Indian journal of veterinary science and animal husbandry - Volume 8,
Year: 1938
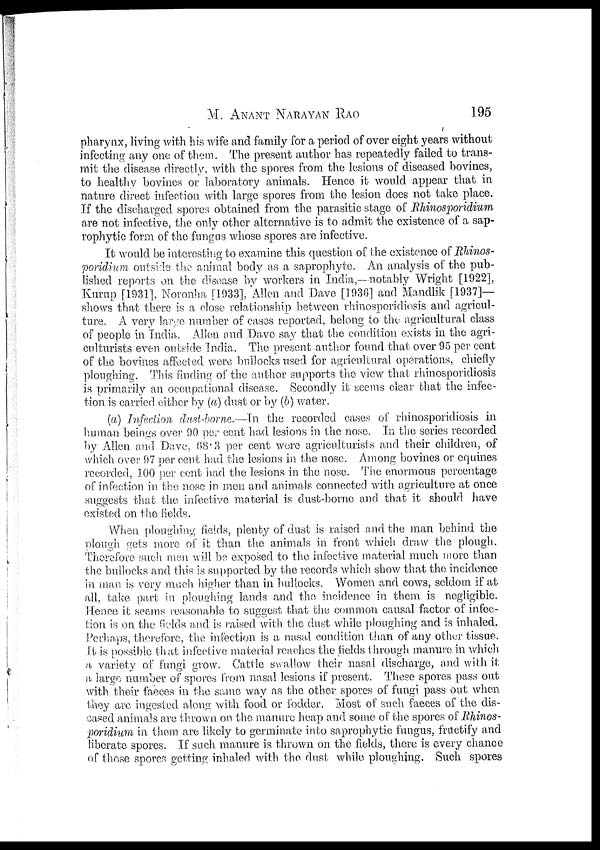
M.
ANANT
NARAYAN
RAO
195
pharynx, living with his wife and family for a period of over eight years without
infecting any one of them. The present author has repeatedly failed to trans-
mit the disease directly, with the spores from the lesions of diseased bovines,
to healthy bovines or laboratory animals. Hence it would appear that in
nature direct infection with large spores from the lesion does not take place.
If the discharged spores obtained from the parasitic stage of Rhinosporidium
are not infective, the only other alternative is to admit the existence of a sap-
rophytic form of the fungus whose spores are infective.
It would be interesting to examine this question of the existence of Rhinos¬
poridium outside the animal body as a saprophyte. An analysis of the pub-
lished reports on the disease by workers in India,—notably Wright [1922],
Kurup [1931], Noronha [1933], Allen and Dave [1936] and Mandlik [1937]—
shows that there is a close relationship between rhinosporidiosis and agricul-
ture. A very large number of cases reported, belong to the agricultural class
of people in India. Allen and Dave say that the condition exists in the agri-
culturists even outside India. The present author found that over 95 per cent
of the bovines affected were bullocks used for agricultural operations, chiefly
ploughing. This finding of the author supports the view that rhinosporidiosis
is primarily an occupational disease. Secondly it seems clear that the infec-
tion is carried either by (a) dust or by (b) water.
(a) Infection dust-borne.—In the recorded cases of rhinosporidiosis in
human beings over 90 per cent had lesions in the nose. In the series recorded
by Allen and Dave, 68.3 per cent were agriculturists and their children, of
which over 97 per cent had the lesions in the nose. Among bovines or equines
recorded, 100 per cent had the lesions in the nose. The enormous percentage
of infection in the nose in men and animals connected with agriculture at once
suggests that the infective material is dust-borne and that it should have
existed on the fields.
When ploughing fields, plenty of dust is raised and the man behind the
plough gets more of it than the animals in front which draw the plough.
Therefore such men will be exposed to the infective material much more than
the bullocks and this is supported by the records which show that the incidence
in man is very much higher than in bullocks. Women and cows, seldom if at
all, take part in ploughing lands and the incidence in them is negligible.
Hence it seems reasonable to suggest that the common causal factor of infec-
tion is on the fields and is raised with the dust while ploughing and is inhaled.
Perhaps, therefore, the infection is a nasal condition than of any other tissue.
It is possible that infective material reaches the fields through manure in which
a variety of fungi grow. Cattle swallow their nasal discharge, and with it
a large number of spores from nasal lesions if present. These spores pass out
with their faeces in the same way as the other spores of fungi pass out when
they are ingested along with food or fodder. Most of such faeces of the dis-
eased animals are thrown on the manure heap and some of the spores of Rhinos¬
poridium in them are likely to germinate into saprophytic fungus, fructify and
liberate spores. If such manure is thrown on the fields, there is every chance
of those spores getting inhaled with the dust while ploughing. Such spores